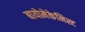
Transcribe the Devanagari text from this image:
बायोमेकेनिस्ट